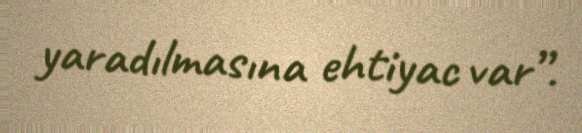
yaradılmasına ehtiyac var”.